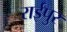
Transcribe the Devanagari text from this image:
राईपुर